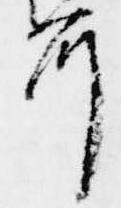
所